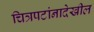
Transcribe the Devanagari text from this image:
चित्रपटांनादेखील